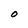
Character: O